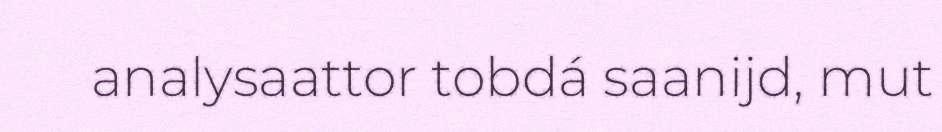
analysaattor tobdá saanijd, mut